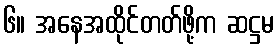
၆။ အနေအထိုင်တတ်ဖို့က ဆဋ္ဌမ